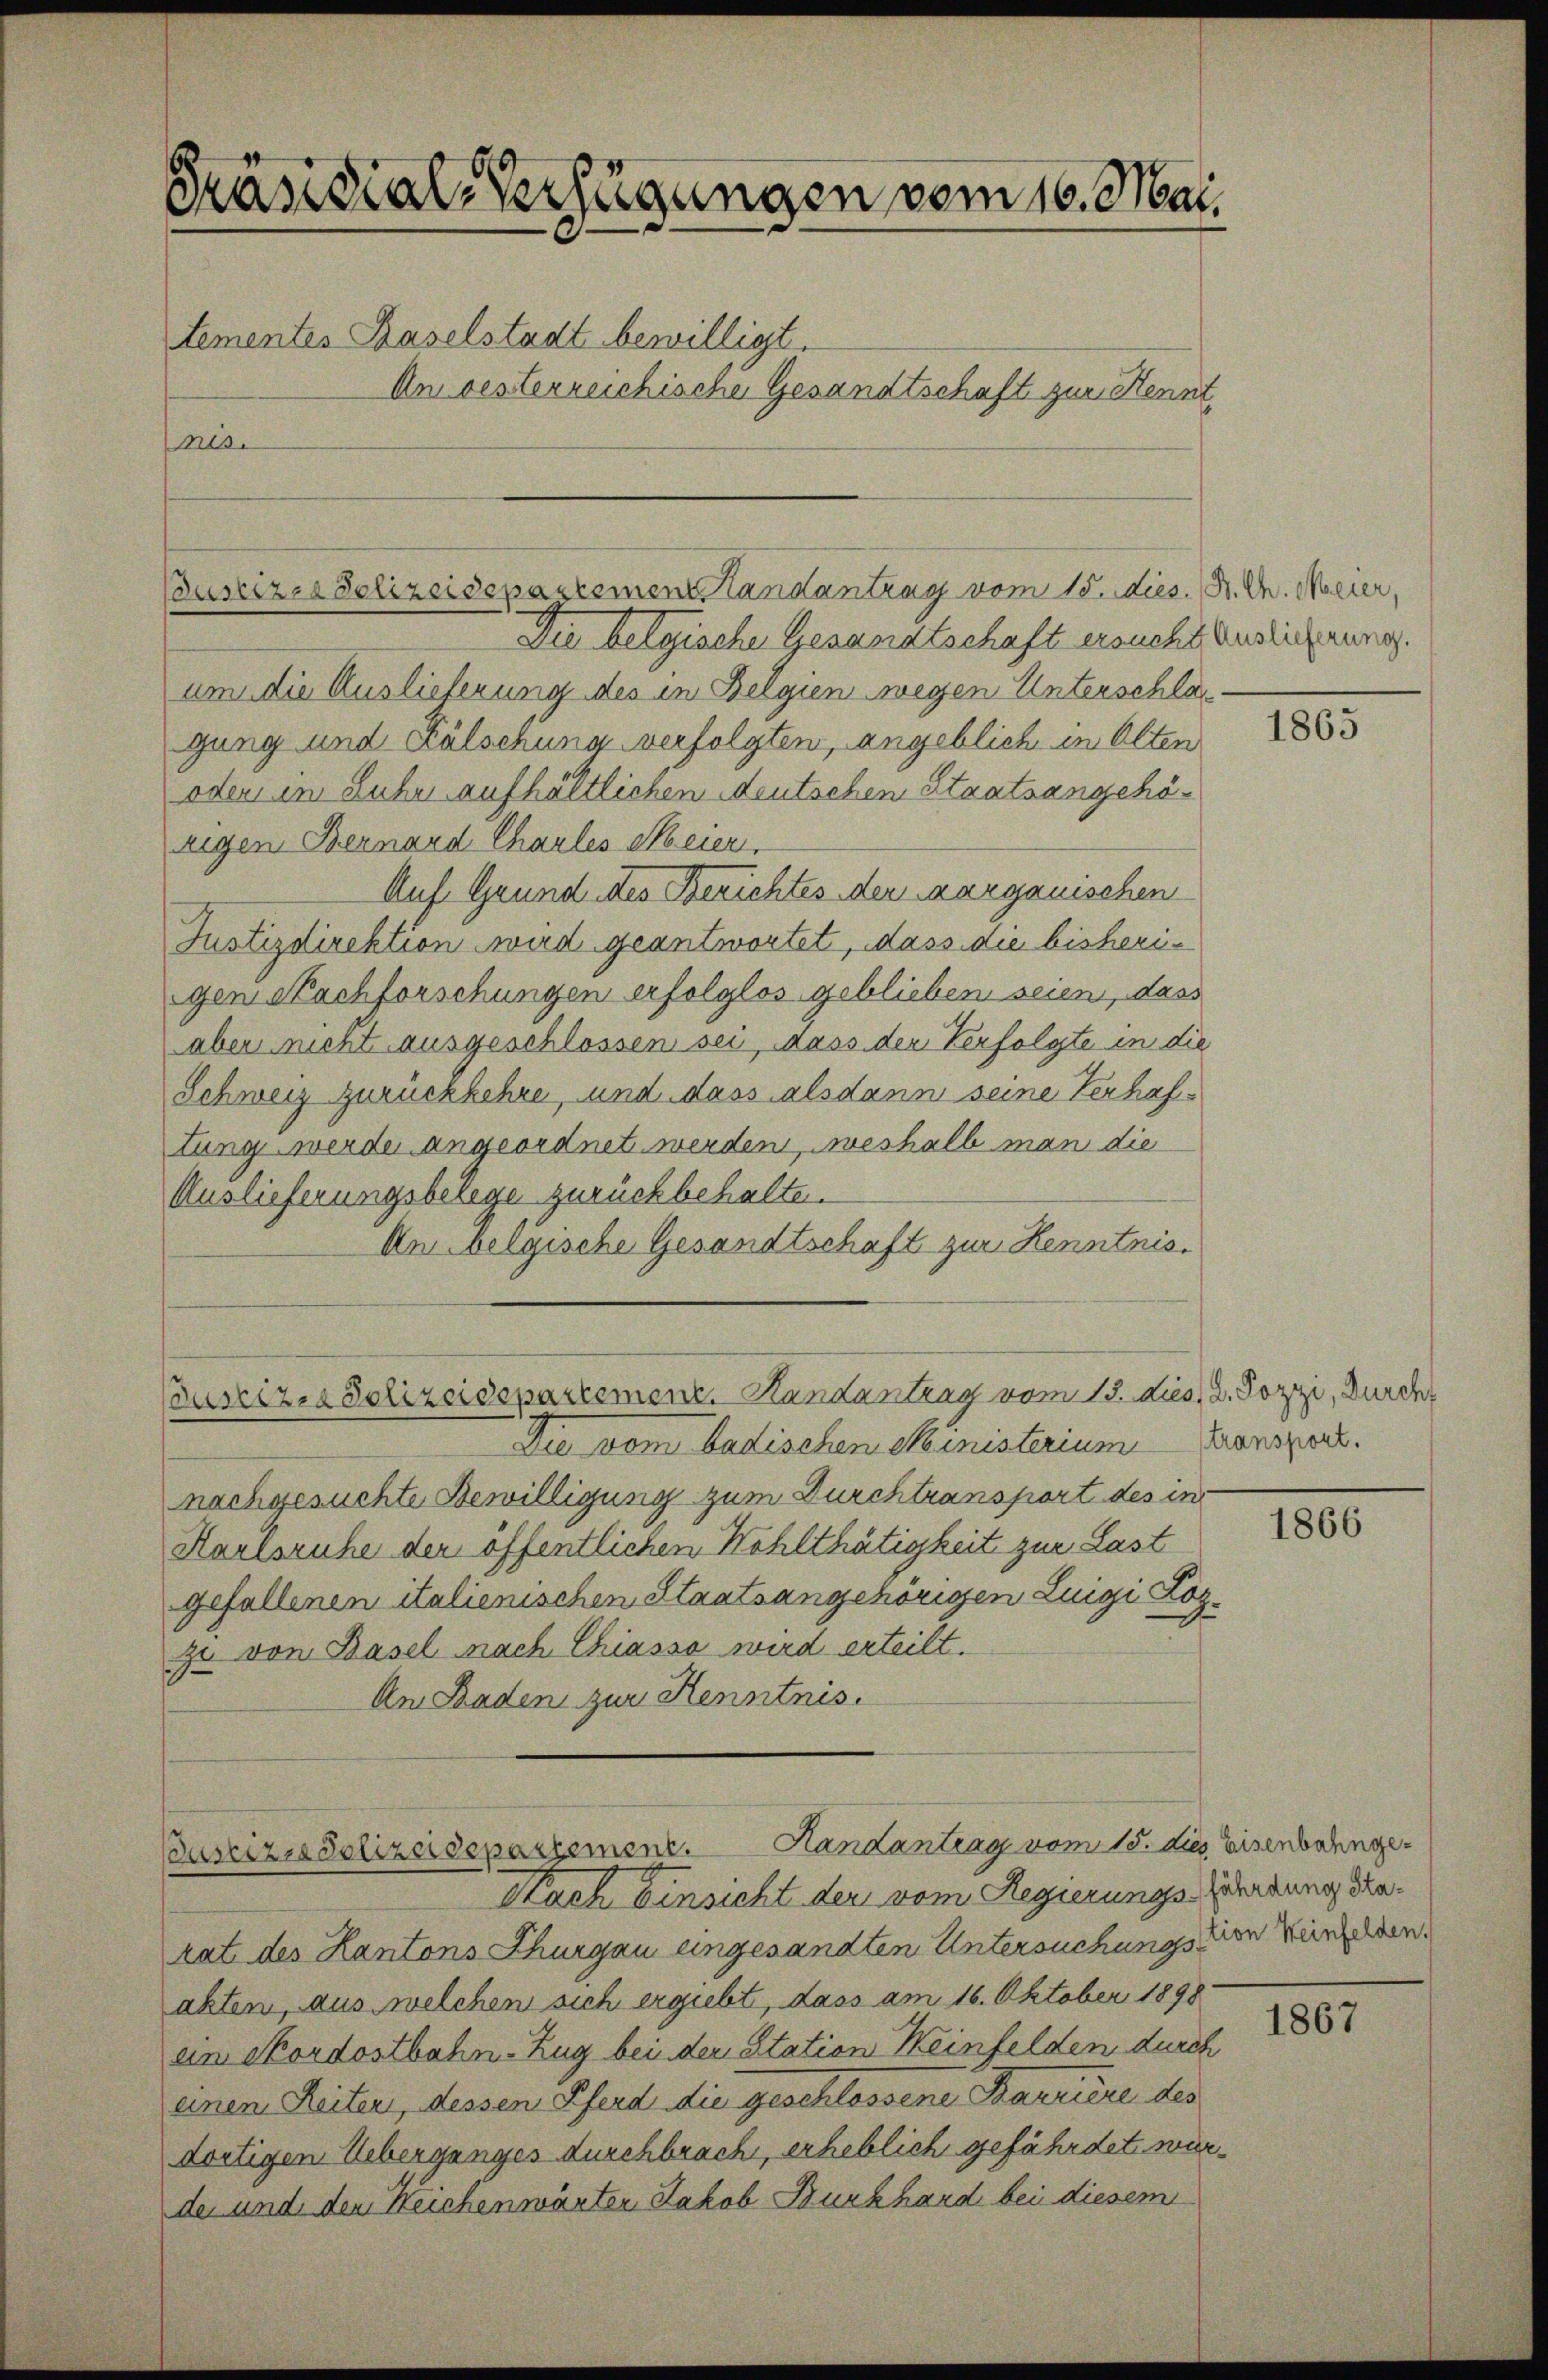
Präsidial-Verfügungen vom 16. Mai,
tementes Baselstadt bewilligt.
An vesterreichische Gesandtschaft zur Kenntsa

Busserer Polizeidepartement Landantrag vom 15. Dies. Hr. C. Marier,
Die belgischen Gesandtschaft ersucht Auslicherung.
um die Auslieferung des in Belgien wegen Unterschlagung und welschung verfolgten, angeblich in Olten
oder in Ruhe aufhältlichen deutschen Staatsangehönigen Bernand Charles Meier
Auf Grund des Berichtes der Aargauischen
Justizdirektion wird geantwortet, dass die bisherigen Nachforschungen erfolglos geblieben seien, dass
aber nicht ausgeschlossen sei, dass der Verfolgte in die
Schweiz zurückkehre, und dass alsdann seine Verhaftung werde angeordnet werden, weshalb man die
Auslieferungsbelege zurückbehalten.
Um belgische Gesandtschaft zur Kenntnis¬
Coustiz- & Polizeidepartement. Kandantrag vom 13. dies, 2. Pozzi, Durch
Die vom badischen Ministerium Transport.
nachgesuchte Bewilligung zum Durchtransport des in
Karlsruhe der öffentlichen Wohlthätigkeit zur Last
gefallenen italienischen Staatsangehörigen Luigi Kozzu von Basel nach Chiasso wird erteilt.
An Baden zur Kenntnis.

Pasrizio Polizeidepartement. Handantrag vom 15. dies Eisenbahnge¬
Nach Einsicht der vom Regierungs-Gerdung Sta¬

rat des Kantons Thurgau eingesandten Untersuchungs den Weinfelden.
akten, aus welchen sich ergiebt, dass am 16. Oktober 1898
am Nordostbahn-Zug bei der Station Weinfelden durch
einen Reiten, dessen Pferd die geschlossene Barriere des
dortigen Ueberganges durchbrach, erheblich gefährdet würde und den Reichenwärten Jakob Burkhard bei diesem

1865

1866

1867